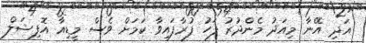
އަދި އޭނާ މިއަދު މެންދުރު ފަހު ފުރާފައިވާ ކަމަށް ވެސް މީޑިއާ އޮފިޝަލް